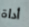
أداة